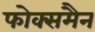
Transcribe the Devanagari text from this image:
फोक्समैन